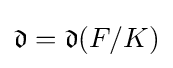
{\mathfrak {d}}={\mathfrak {d}}(F/K)